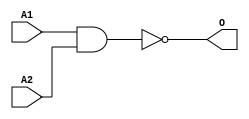
module ANAND2D(A1, A2, O);
input   A1;
input   A2;
output  O;
nand g0(O, A1, A2);
endmodule